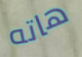
هاته